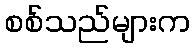
စစ်သည်များက